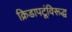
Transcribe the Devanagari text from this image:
क्रिडापटूंविरूद्ध